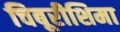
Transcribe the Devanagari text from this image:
चिबूरीशिमा